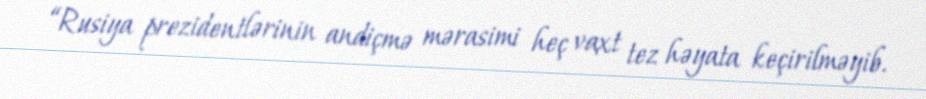
“Rusiya prezidentlərinin andiçmə mərasimi heç vaxt tez həyata keçirilməyib.